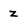
Character: z